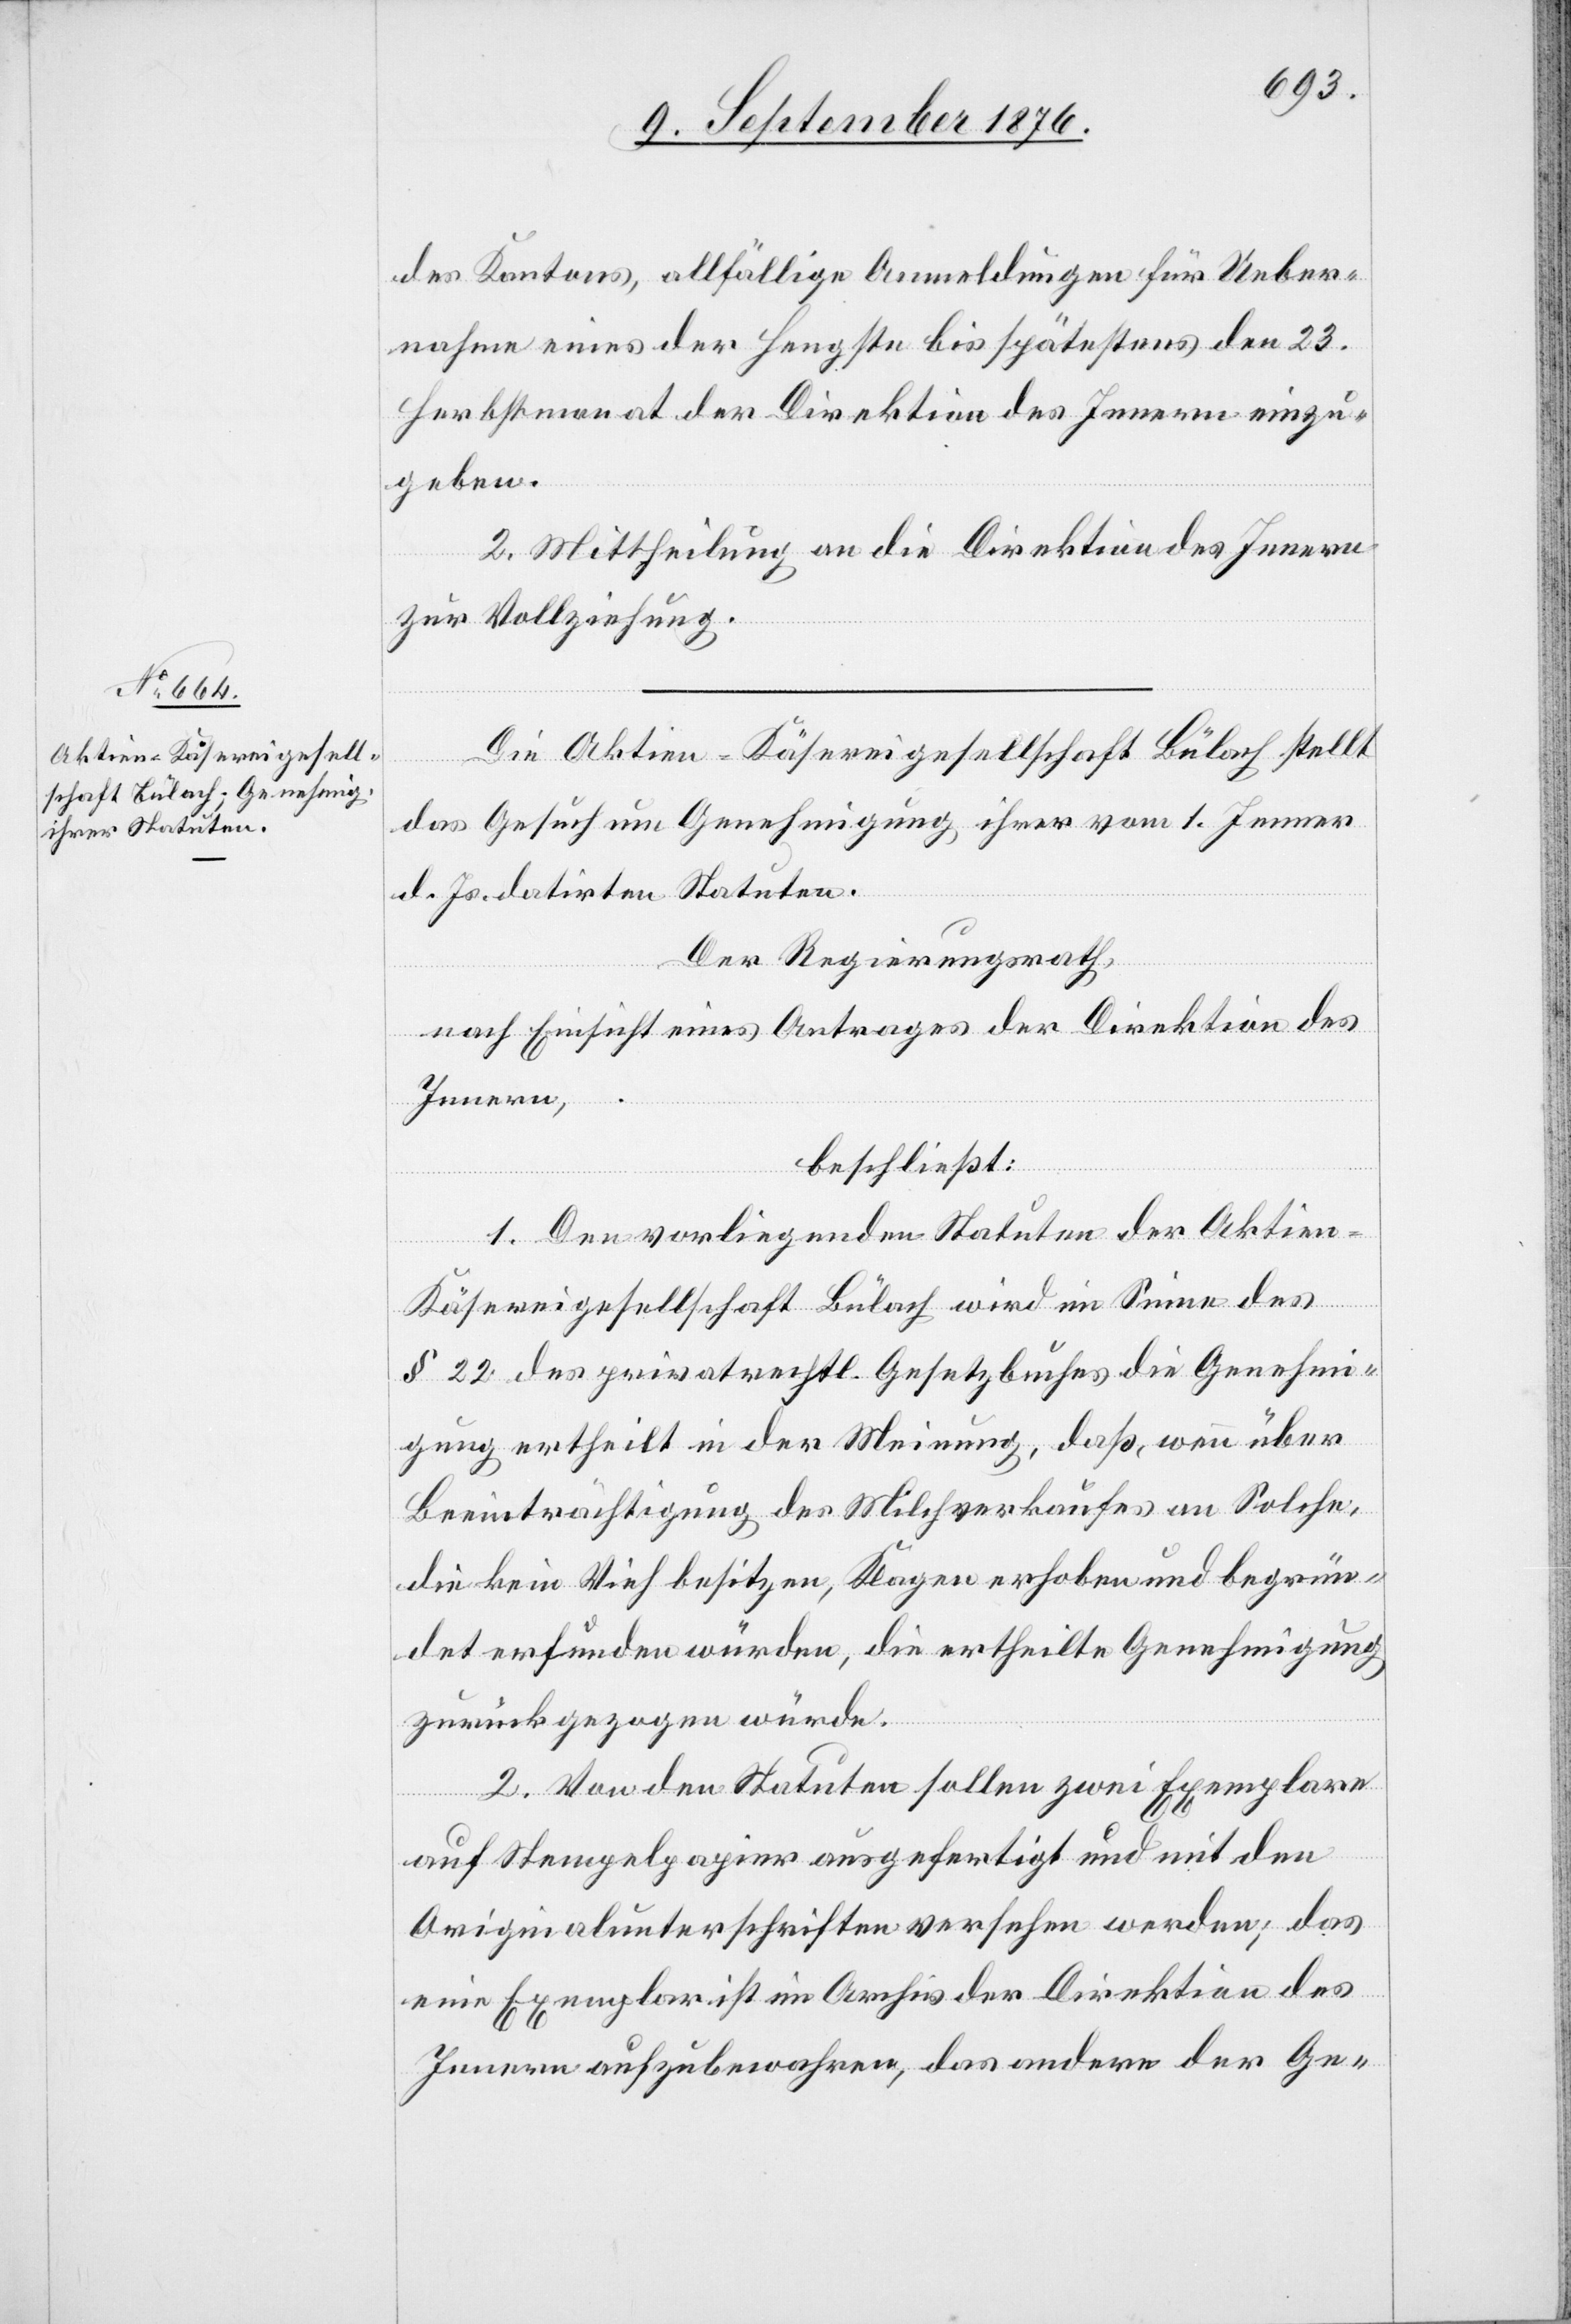
des Kantons, allfällige Anmeldungen für Ueber¬
nahme eines der Hengste bis spätestens den 23.
Herbstmonat der Direktion des Innern einzu¬
geben.
2. Mittheilung an die Direktion des Innern
zur Vollziehung.
Die Aktien-Käsereigesellschaft Bülach stellt
das Gesuch um Genehmigung ihrer vom 1. Jenner
d. Js. datirten Statuten.
Der Regierungsrath,
nach Einsicht eines Antrages der Direktion des
Innern,
beschließt:
1. Den vorliegenden Statuten der Aktien-K¬
äsereigesellschaft Bülach wird im Sinne des
§ 22 des privatrechtl. Gesetzbuches die Genehmi¬
gung ertheilt in der Meinung, daß, wenn über
Beeinträchtigung des Milchverkaufes an Solche,
die kein Vieh besitzen, Klagen erhoben und begrün¬
det erfunden würden, die ertheilte Genehmigung
zurückgezogen würde.
2. Von den Statuten sollen zwei Exemplare
auf Stempelpapier ausgefertigt und mit den
Originalunterschriften versehen werden; das
eine Exemplar ist im Archiv der Direktion des
Innern aufzubewahren, das andere der Ge-